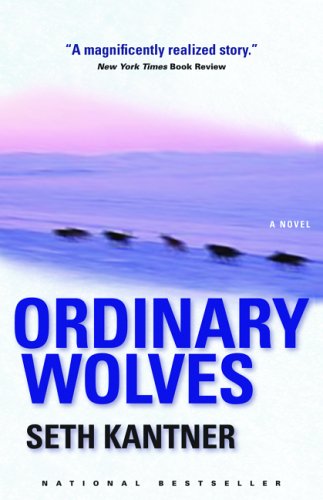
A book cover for Ordinary Wolves: A Novel; Seth Kantner; Literature & Fiction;